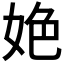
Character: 𡜆